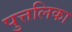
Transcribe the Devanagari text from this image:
पुत्तलिका